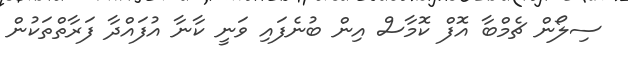
ސިލޯން ޗެމްބާ އޮފް ކޮމާސް އިން ބުނެފައި ވަނީ ކާނާ އުފައްދާ ފަރާތްތަކުން